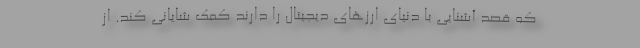
كه قصد آشنايي با دنياي ارزهاي ديجيتال را دارند كمك شاياني کند. از